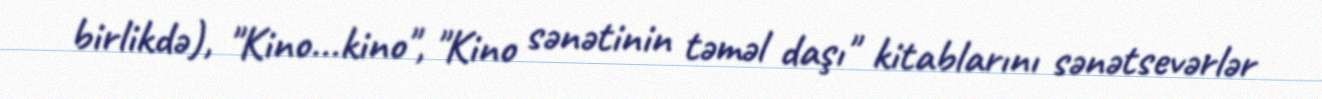
birlikdə), "Kino...kino", "Kino sənətinin təməl daşı" kitablarını sənətsevərlər